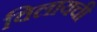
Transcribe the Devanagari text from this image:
विलायची